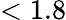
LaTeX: <1.8